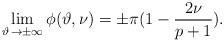
LaTeX: \begin{align*}\lim _{\vartheta \, \rightarrow \pm \infty }\phi (\vartheta ,\nu )=\pm \pi (1-\displaystyle\frac{2\nu }{p+1}).\end{align*}